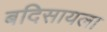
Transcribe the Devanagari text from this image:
बदिसायला